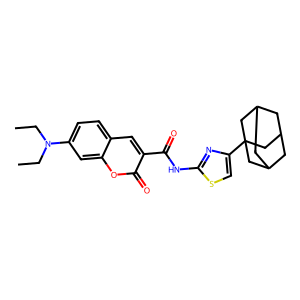
SMILES: CCN(CC)c1ccc2cc(C(=O)Nc3nc(C45CC6CC(CC(C6)C4)C5)cs3)c(=O)oc2c1
Inhibits HIV replication: No